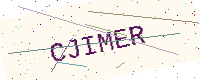
Text: CJIMER